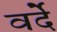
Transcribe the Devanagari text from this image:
वर्देे